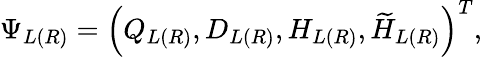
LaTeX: \Psi_{L(R)}=\left(Q_{L(R)},D_{L(R)},H_{L(R)},\widetilde{H}_{L(R)}\right)^{T},